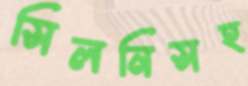
সিলনিসহ